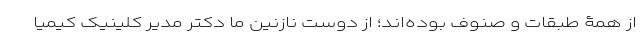
از همۀ طبقات و صنوف بوده‌اند؛ از دوست نازنین ما دکتر مدیر کلینیک کیمیا